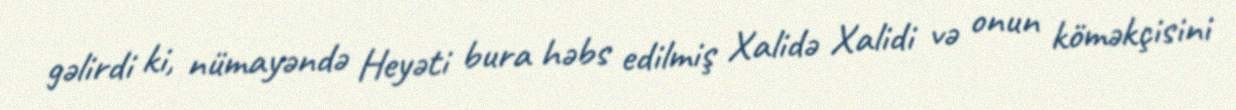
gəlirdi ki, nümayəndə Heyəti bura həbs edilmiş Xalidə Xalidi və onun köməkçisini